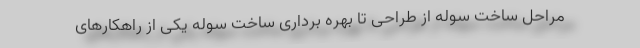
مراحل ساخت سوله از طراحی تا بهره برداری ساخت سوله یکی از راهکارهای